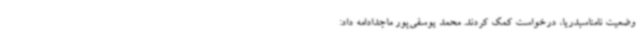
وضعیت نامناسبدریا، درخواست کمک کردند. محمد یوسفی‌پور ماجدادامه داد: